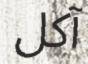
آكل